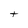
Character: t